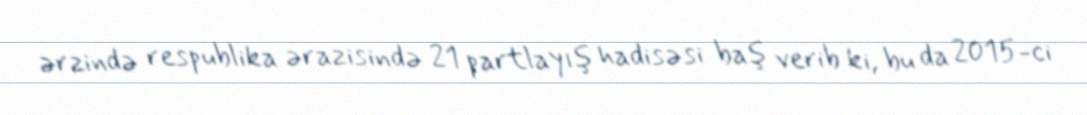
ərzində respublika ərazisində 21 partlayış hadisəsi baş verib ki, bu da 2015-ci